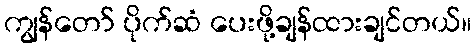
ကျွန်တော် ပိုက်ဆံ ပေးဖို့ချန်ထားချင်တယ်။